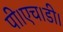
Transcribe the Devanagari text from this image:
पी।एच।डी।